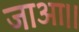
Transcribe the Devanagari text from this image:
जाआ।।